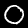
Digit: 0